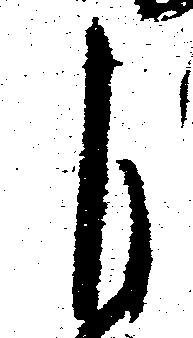
自